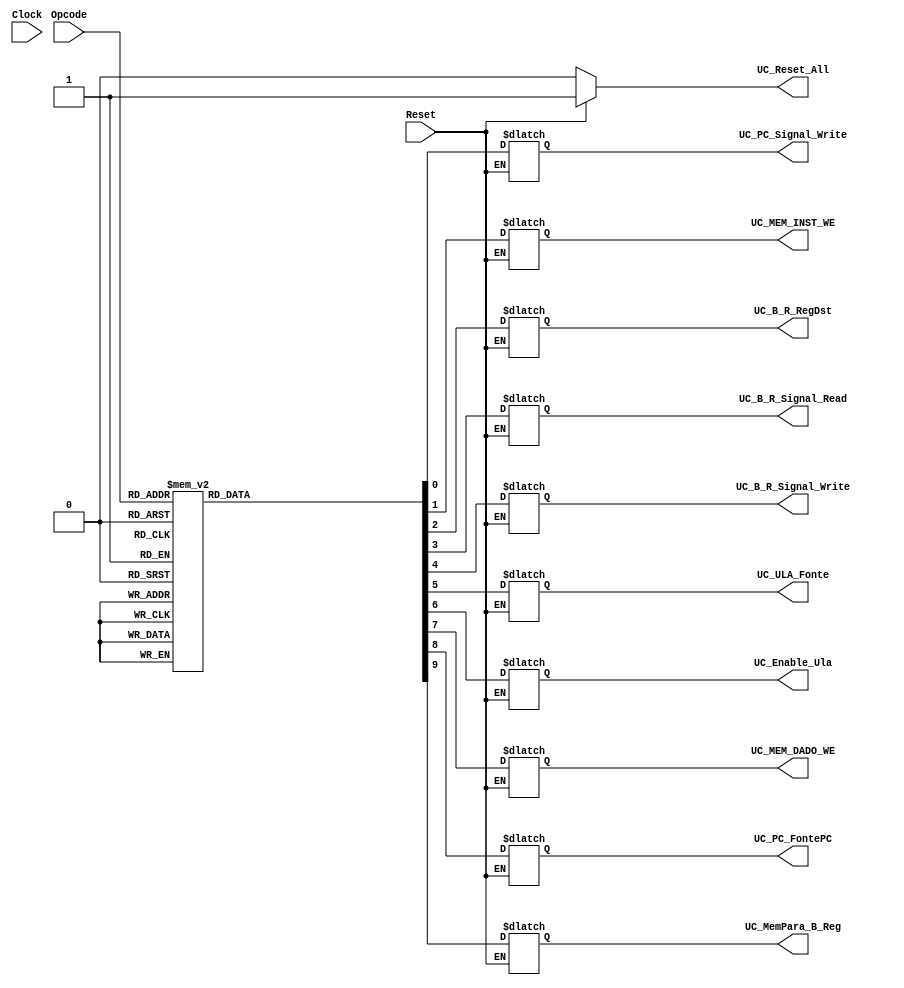
module unidade_de_controle (
	//Inputs
	input wire Clock,
	input wire Reset,
	input wire [2:0] Opcode,
	
	//Outputs
		//PC
		output reg UC_PC_Signal_Write,
		//MEMMORIA DE INSTRUCAO
		output reg UC_MEM_INST_WE,
		//BANCO DE REGISTRADORES
		output reg UC_B_R_RegDst,
		output reg UC_B_R_Signal_Read,
		output reg UC_B_R_Signal_Write,
		//ULA
		output reg UC_ULA_Fonte,
		output reg UC_Enable_Ula,
		//MEMORIA DADOS
		output reg UC_MEM_DADO_WE,
		//MUX DO PC
		output reg UC_PC_FontePC,
		//MUX DO BANCO DE REGISTRADORES
		output reg UC_MemPara_B_Reg,
		//RESET
		output reg UC_Reset_All
);

localparam 
			Opcode_NOP					= 3'b000,
			Opcode_LOGICAL				= 3'b001,
			Opcode_CONSTANT			= 3'b010,
			Opcode_MEM_LOAD			= 3'b011,
			Opcode_MEM_STORE			= 3'b100,
			Opcode_BRANCH				= 3'b101,
			Opcode_JUMP					= 3'b110,
			Opcode_JUMP_R				= 3'b111		
			;



always@ ( Opcode ) begin
	if(Reset) begin
		UC_Reset_All <= 1'b1;
	end
	else begin
		UC_Reset_All 			<= 1'b0;
		case ( Opcode )
			Opcode_NOP: begin
				UC_PC_Signal_Write 	<= 1'b1;
				UC_MEM_INST_WE			<= 1'b0;
				UC_B_R_RegDst			<= 1'b0;
				UC_B_R_Signal_Read	<= 1'b0;
				UC_B_R_Signal_Write	<= 1'b0;
				UC_ULA_Fonte			<= 1'b0;
				UC_Enable_Ula			<= 1'b0;
				UC_MEM_DADO_WE			<= 1'b0;
				UC_PC_FontePC			<= 1'b0;
				UC_MemPara_B_Reg		<= 1'b0;
			end
			Opcode_LOGICAL: begin
				UC_PC_Signal_Write 	<= 1'b1;
				UC_MEM_INST_WE			<= 1'b0;
				UC_B_R_RegDst			<= 1'b1;
				UC_B_R_Signal_Read	<= 1'b1;
				UC_B_R_Signal_Write	<= 1'b1;
				UC_ULA_Fonte			<= 1'b0;
				UC_Enable_Ula			<= 1'b1;
				UC_MEM_DADO_WE			<= 1'b0;
				UC_PC_FontePC			<= 1'b0;
				UC_MemPara_B_Reg		<= 1'b0;
			end
			Opcode_CONSTANT: begin
				UC_PC_Signal_Write 	<= 1'b1;
				UC_MEM_INST_WE			<= 1'b0;
				UC_B_R_RegDst			<= 1'b1;
				UC_B_R_Signal_Read	<= 1'b1;
				UC_B_R_Signal_Write	<= 1'b1;
				UC_ULA_Fonte			<= 1'b1;
				UC_Enable_Ula			<= 1'b1;
				UC_MEM_DADO_WE			<= 1'b0;
				UC_PC_FontePC			<= 1'b0;
				UC_MemPara_B_Reg		<= 1'b0;
			end
			Opcode_MEM_LOAD: begin
				UC_PC_Signal_Write 	<= 1'b1;
				UC_MEM_INST_WE			<= 1'b0;
				UC_B_R_RegDst			<= 1'b0;
				UC_B_R_Signal_Read	<= 1'b1;
				UC_B_R_Signal_Write	<= 1'b1;
				UC_ULA_Fonte			<= 1'b0;
				UC_Enable_Ula			<= 1'b0;
				UC_MEM_DADO_WE			<= 1'b0;
				UC_PC_FontePC			<= 1'b0;
				UC_MemPara_B_Reg		<= 1'b1;
			end
			Opcode_MEM_STORE: begin
				UC_PC_Signal_Write 	<= 1'b1;
				UC_MEM_INST_WE			<= 1'b0;
				UC_B_R_RegDst			<= 1'b0;
				UC_B_R_Signal_Read	<= 1'b1;
				UC_B_R_Signal_Write	<= 1'b0;
				UC_ULA_Fonte			<= 1'b0;
				UC_Enable_Ula			<= 1'b0;
				UC_MEM_DADO_WE			<= 1'b1;
				UC_PC_FontePC			<= 1'b0;
				UC_MemPara_B_Reg		<= 1'b0;
			end
			Opcode_BRANCH: begin
				UC_PC_Signal_Write 	<= 1'b1;
				UC_MEM_INST_WE			<= 1'b0;
				UC_B_R_RegDst			<= 1'b0;
				UC_B_R_Signal_Read	<= 1'b0;
				UC_B_R_Signal_Write	<= 1'b0;
				UC_ULA_Fonte			<= 1'b0;
				UC_Enable_Ula			<= 1'b0;
				UC_MEM_DADO_WE			<= 1'b0;
				UC_PC_FontePC			<= 1'b1;
				UC_MemPara_B_Reg		<= 1'b0;
			end
			Opcode_JUMP: begin
				UC_PC_Signal_Write 	<= 1'b1;
				UC_MEM_INST_WE			<= 1'b0;
				UC_B_R_RegDst			<= 1'b0;
				UC_B_R_Signal_Read	<= 1'b0;
				UC_B_R_Signal_Write	<= 1'b0;
				UC_ULA_Fonte			<= 1'b0;
				UC_Enable_Ula			<= 1'b1;
				UC_MEM_DADO_WE			<= 1'b0;
				UC_PC_FontePC			<= 1'b1;
				UC_MemPara_B_Reg		<= 1'b0;
			end
			Opcode_JUMP_R: begin
				UC_PC_Signal_Write 	<= 1'b1;
				UC_MEM_INST_WE			<= 1'b0;
				UC_B_R_RegDst			<= 1'b0;
				UC_B_R_Signal_Read	<= 1'b1;
				UC_B_R_Signal_Write	<= 1'b0;
				UC_ULA_Fonte			<= 1'b0;
				UC_Enable_Ula			<= 1'b1;
				UC_MEM_DADO_WE			<= 1'b0;
				UC_PC_FontePC			<= 1'b1;
				UC_MemPara_B_Reg		<= 1'b0;
			end
		endcase
	end
end

endmodule

/*
// State Encoding
localparam 
			STATE_Initial_Reset 		= 3'b000,
			STATE_1_IF 					= 3'b001,
			STATE_2_ID 					= 3'b010,
			STATE_3_EXE 				= 3'b011,
			STATE_4_MEM 				= 3'b100,
			STATE_5_WB 					= 3'b101
			;

localparam 
			Opcode_NOP					= 3'b000,
			Opcode_LOGICAL				= 3'b001,
			Opcode_CONSTANT			= 3'b010,
			Opcode_MEM_LOAD			= 3'b011,
			Opcode_MEM_STORE			= 3'b100,
			Opcode_BRANCH				= 3'b101,
			Opcode_JUMP					= 3'b110,
			Opcode_JUMP_R				= 3'b111		
			;


// State reg Declarations
reg [2:0] State;

//OUTPUTS
always@ ( posedge Clock ) begin
	case ( State )
		STATE_Initial_Reset : begin
			State <= STATE_1_IF;
		end
		STATE_1_IF: begin
			State <= STATE_2_ID;
		end
		STATE_2_ID: begin
			State <= STATE_3_EXE;
		end
		STATE_3_EXE : begin
			State <= STATE_4_MEM;
		end
		STATE_4_MEM : begin
			State <= STATE_5_WB;
		end
		STATE_5_WB: begin
			State <= STATE_1_IF;
		end		
	endcase
end


always@ ( State ) begin
	case ( State )
		//RESET
		STATE_Initial_Reset : begin			
			UC_Reset_All 			<= 1'b1;
			UC_PC_Signal_Write 	<= 1'b0;
			UC_MEM_INST_WE			<= 1'b0;
			UC_B_R_RegDst			<= 1'b0;
			UC_B_R_Signal_Read	<= 1'b0;
			UC_B_R_Signal_Write	<= 1'b0;
			UC_ULA_Fonte			<= 1'b0;
			UC_Enable_Ula			<= 1'b0;
			UC_MEM_DADO_WE			<= 1'b0;
			UC_PC_FontePC			<= 1'b0;
			UC_MemPara_B_Reg		<= 1'b0;
		end
		STATE_1_IF : begin
			case ( Opcode )
				Opcode_NOP: begin
					UC_Reset_All 			<= 1'b0;
					UC_PC_Signal_Write 	<= 1'b0;
					UC_MEM_INST_WE			<= 1'b0;
					UC_B_R_RegDst			<= 1'b0;
					UC_B_R_Signal_Read	<= 1'b0;
					UC_B_R_Signal_Write	<= 1'b0;
					UC_ULA_Fonte			<= 1'b0;
					UC_Enable_Ula			<= 1'b0;
					UC_MEM_DADO_WE			<= 1'b0;
					UC_PC_FontePC			<= 1'b0;
					UC_MemPara_B_Reg		<= 1'b0;
				end
				Opcode_LOGICAL: begin
					UC_Reset_All 			<= 1'b0;
					UC_PC_Signal_Write 	<= 1'b0;
					UC_MEM_INST_WE			<= 1'b0;
					UC_B_R_RegDst			<= 1'b0;
					UC_B_R_Signal_Read	<= 1'b0;
					UC_B_R_Signal_Write	<= 1'b0;
					UC_ULA_Fonte			<= 1'b0;
					UC_Enable_Ula			<= 1'b0;
					UC_MEM_DADO_WE			<= 1'b0;
					UC_PC_FontePC			<= 1'b0;
					UC_MemPara_B_Reg		<= 1'b0;
				end
				Opcode_CONSTANT: begin
					UC_Reset_All 			<= 1'b0;
					UC_PC_Signal_Write 	<= 1'b0;
					UC_MEM_INST_WE			<= 1'b0;
					UC_B_R_RegDst			<= 1'b0;
					UC_B_R_Signal_Read	<= 1'b0;
					UC_B_R_Signal_Write	<= 1'b0;
					UC_ULA_Fonte			<= 1'b0;
					UC_Enable_Ula			<= 1'b0;
					UC_MEM_DADO_WE			<= 1'b0;
					UC_PC_FontePC			<= 1'b0;
					UC_MemPara_B_Reg		<= 1'b0;
				end
				Opcode_MEM_LOAD: begin
					UC_Reset_All 			<= 1'b0;
					UC_PC_Signal_Write 	<= 1'b0;
					UC_MEM_INST_WE			<= 1'b0;
					UC_B_R_RegDst			<= 1'b0;
					UC_B_R_Signal_Read	<= 1'b0;
					UC_B_R_Signal_Write	<= 1'b0;
					UC_ULA_Fonte			<= 1'b0;
					UC_Enable_Ula			<= 1'b0;
					UC_MEM_DADO_WE			<= 1'b0;
					UC_PC_FontePC			<= 1'b0;
					UC_MemPara_B_Reg		<= 1'b0;
				end
				Opcode_MEM_STORE: begin
					UC_Reset_All 			<= 1'b0;
					UC_PC_Signal_Write 	<= 1'b0;
					UC_MEM_INST_WE			<= 1'b0;
					UC_B_R_RegDst			<= 1'b0;
					UC_B_R_Signal_Read	<= 1'b0;
					UC_B_R_Signal_Write	<= 1'b0;
					UC_ULA_Fonte			<= 1'b0;
					UC_Enable_Ula			<= 1'b0;
					UC_MEM_DADO_WE			<= 1'b0;
					UC_PC_FontePC			<= 1'b0;
					UC_MemPara_B_Reg		<= 1'b0;
				end
				Opcode_BRANCH: begin
					UC_Reset_All 			<= 1'b0;
					UC_PC_Signal_Write 	<= 1'b0;
					UC_MEM_INST_WE			<= 1'b0;
					UC_B_R_RegDst			<= 1'b0;
					UC_B_R_Signal_Read	<= 1'b0;
					UC_B_R_Signal_Write	<= 1'b0;
					UC_ULA_Fonte			<= 1'b0;
					UC_Enable_Ula			<= 1'b0;
					UC_MEM_DADO_WE			<= 1'b0;
					UC_PC_FontePC			<= 1'b0;
					UC_MemPara_B_Reg		<= 1'b0;
				end
				Opcode_JUMP: begin
					UC_Reset_All 			<= 1'b0;
					UC_PC_Signal_Write 	<= 1'b0;
					UC_MEM_INST_WE			<= 1'b0;
					UC_B_R_RegDst			<= 1'b0;
					UC_B_R_Signal_Read	<= 1'b0;
					UC_B_R_Signal_Write	<= 1'b0;
					UC_ULA_Fonte			<= 1'b0;
					UC_Enable_Ula			<= 1'b0;
					UC_MEM_DADO_WE			<= 1'b0;
					UC_PC_FontePC			<= 1'b0;
					UC_MemPara_B_Reg		<= 1'b0;
				end
				Opcode_JUMP_R: begin
					UC_Reset_All 			<= 1'b0;
					UC_PC_Signal_Write 	<= 1'b0;
					UC_MEM_INST_WE			<= 1'b0;
					UC_B_R_RegDst			<= 1'b0;
					UC_B_R_Signal_Read	<= 1'b0;
					UC_B_R_Signal_Write	<= 1'b0;
					UC_ULA_Fonte			<= 1'b0;
					UC_Enable_Ula			<= 1'b0;
					UC_MEM_DADO_WE			<= 1'b0;
					UC_PC_FontePC			<= 1'b0;
					UC_MemPara_B_Reg		<= 1'b0;
				end
				
			endcase
		end
		STATE_2_ID: begin
			case ( Opcode )
				Opcode_NOP: begin
					UC_Reset_All 			<= 1'b0;
					UC_PC_Signal_Write 	<= 1'b0;
					UC_MEM_INST_WE			<= 1'b0;
					UC_B_R_RegDst			<= 1'b0;
					UC_B_R_Signal_Read	<= 1'b0;
					UC_B_R_Signal_Write	<= 1'b0;
					UC_ULA_Fonte			<= 1'b0;
					UC_Enable_Ula			<= 1'b0;
					UC_MEM_DADO_WE			<= 1'b0;
					UC_PC_FontePC			<= 1'b0;
					UC_MemPara_B_Reg		<= 1'b0;
				end
				Opcode_LOGICAL: begin
					UC_Reset_All 			<= 1'b0;
					UC_PC_Signal_Write 	<= 1'b0;
					UC_MEM_INST_WE			<= 1'b0;
					UC_B_R_RegDst			<= 1'b1;
					UC_B_R_Signal_Read	<= 1'b1;
					UC_B_R_Signal_Write	<= 1'b0;
					UC_ULA_Fonte			<= 1'b0;
					UC_Enable_Ula			<= 1'b0;
					UC_MEM_DADO_WE			<= 1'b0;
					UC_PC_FontePC			<= 1'b0;
					UC_MemPara_B_Reg		<= 1'b0;
				end
				Opcode_CONSTANT: begin
					UC_Reset_All 			<= 1'b0;
					UC_PC_Signal_Write 	<= 1'b0;
					UC_MEM_INST_WE			<= 1'b0;
					UC_B_R_RegDst			<= 1'b1;
					UC_B_R_Signal_Read	<= 1'b1;
					UC_B_R_Signal_Write	<= 1'b0;
					UC_ULA_Fonte			<= 1'b1;
					UC_Enable_Ula			<= 1'b0;
					UC_MEM_DADO_WE			<= 1'b0;
					UC_PC_FontePC			<= 1'b0;
					UC_MemPara_B_Reg		<= 1'b0;
				end
				Opcode_MEM_LOAD: begin
					UC_Reset_All 			<= 1'b0;
					UC_PC_Signal_Write 	<= 1'b0;
					UC_MEM_INST_WE			<= 1'b0;
					UC_B_R_RegDst			<= 1'b0;
					UC_B_R_Signal_Read	<= 1'b1;
					UC_B_R_Signal_Write	<= 1'b0;
					UC_ULA_Fonte			<= 1'b1;
					UC_Enable_Ula			<= 1'b0;
					UC_MEM_DADO_WE			<= 1'b0;
					UC_PC_FontePC			<= 1'b0;
					UC_MemPara_B_Reg		<= 1'b0;
				end
				Opcode_MEM_STORE: begin
					UC_Reset_All 			<= 1'b0;
					UC_PC_Signal_Write 	<= 1'b0;
					UC_MEM_INST_WE			<= 1'b0;
					UC_B_R_RegDst			<= 1'b0;
					UC_B_R_Signal_Read	<= 1'b1;
					UC_B_R_Signal_Write	<= 1'b0;
					UC_ULA_Fonte			<= 1'b1;
					UC_Enable_Ula			<= 1'b0;
					UC_MEM_DADO_WE			<= 1'b0;
					UC_PC_FontePC			<= 1'b0;
					UC_MemPara_B_Reg		<= 1'b0;
				end
				Opcode_BRANCH: begin
					UC_Reset_All 			<= 1'b0;
					UC_PC_Signal_Write 	<= 1'b0;
					UC_MEM_INST_WE			<= 1'b0;
					UC_B_R_RegDst			<= 1'b0;
					UC_B_R_Signal_Read	<= 1'b0;
					UC_B_R_Signal_Write	<= 1'b0;
					UC_ULA_Fonte			<= 1'b0;
					UC_Enable_Ula			<= 1'b0;
					UC_MEM_DADO_WE			<= 1'b0;
					UC_PC_FontePC			<= 1'b0;
					UC_MemPara_B_Reg		<= 1'b0;
				end
				Opcode_JUMP: begin
					UC_Reset_All 			<= 1'b0;
					UC_PC_Signal_Write 	<= 1'b0;
					UC_MEM_INST_WE			<= 1'b0;
					UC_B_R_RegDst			<= 1'b0;
					UC_B_R_Signal_Read	<= 1'b0;
					UC_B_R_Signal_Write	<= 1'b0;
					UC_ULA_Fonte			<= 1'b0;
					UC_Enable_Ula			<= 1'b0;
					UC_MEM_DADO_WE			<= 1'b0;
					UC_PC_FontePC			<= 1'b0;
					UC_MemPara_B_Reg		<= 1'b0;
				end
				Opcode_JUMP_R: begin
					UC_Reset_All 			<= 1'b0;
					UC_PC_Signal_Write 	<= 1'b0;
					UC_MEM_INST_WE			<= 1'b0;
					UC_B_R_RegDst			<= 1'b0;
					UC_B_R_Signal_Read	<= 1'b1;
					UC_B_R_Signal_Write	<= 1'b0;
					UC_ULA_Fonte			<= 1'b0;
					UC_Enable_Ula			<= 1'b0;
					UC_MEM_DADO_WE			<= 1'b0;
					UC_PC_FontePC			<= 1'b0;
					UC_MemPara_B_Reg		<= 1'b0;
				end
				
			endcase
		end
		STATE_3_EXE : begin
			case ( Opcode )
				Opcode_NOP: begin
					UC_Reset_All 			<= 1'b0;
					UC_PC_Signal_Write 	<= 1'b0;
					UC_MEM_INST_WE			<= 1'b0;
					UC_B_R_RegDst			<= 1'b0;
					UC_B_R_Signal_Read	<= 1'b0;
					UC_B_R_Signal_Write	<= 1'b0;
					UC_ULA_Fonte			<= 1'b0;
					UC_Enable_Ula			<= 1'b0;
					UC_MEM_DADO_WE			<= 1'b0;
					UC_PC_FontePC			<= 1'b0;
					UC_MemPara_B_Reg		<= 1'b0;
				end
				Opcode_LOGICAL: begin
					UC_Reset_All 			<= 1'b0;
					UC_PC_Signal_Write 	<= 1'b0;
					UC_MEM_INST_WE			<= 1'b0;
					UC_B_R_RegDst			<= 1'b0;
					UC_B_R_Signal_Read	<= 1'b0;
					UC_B_R_Signal_Write	<= 1'b0;
					UC_ULA_Fonte			<= 1'b0;
					UC_Enable_Ula			<= 1'b1;
					UC_MEM_DADO_WE			<= 1'b0;
					UC_PC_FontePC			<= 1'b0;
					UC_MemPara_B_Reg		<= 1'b0;
				end
				Opcode_CONSTANT: begin
					UC_Reset_All 			<= 1'b0;
					UC_PC_Signal_Write 	<= 1'b0;
					UC_MEM_INST_WE			<= 1'b0;
					UC_B_R_RegDst			<= 1'b0;
					UC_B_R_Signal_Read	<= 1'b0;
					UC_B_R_Signal_Write	<= 1'b0;
					UC_ULA_Fonte			<= 1'b1;
					UC_Enable_Ula			<= 1'b1;
					UC_MEM_DADO_WE			<= 1'b0;
					UC_PC_FontePC			<= 1'b0;
					UC_MemPara_B_Reg		<= 1'b0;
				end
				Opcode_MEM_LOAD: begin
					UC_Reset_All 			<= 1'b0;
					UC_PC_Signal_Write 	<= 1'b0;
					UC_MEM_INST_WE			<= 1'b0;
					UC_B_R_RegDst			<= 1'b0;
					UC_B_R_Signal_Read	<= 1'b0;
					UC_B_R_Signal_Write	<= 1'b0;
					UC_ULA_Fonte			<= 1'b1;
					UC_Enable_Ula			<= 1'b1;
					UC_MEM_DADO_WE			<= 1'b0;
					UC_PC_FontePC			<= 1'b0;
					UC_MemPara_B_Reg		<= 1'b0;
				end
				Opcode_MEM_STORE: begin
					UC_Reset_All 			<= 1'b0;
					UC_PC_Signal_Write 	<= 1'b0;
					UC_MEM_INST_WE			<= 1'b0;
					UC_B_R_RegDst			<= 1'b0;
					UC_B_R_Signal_Read	<= 1'b0;
					UC_B_R_Signal_Write	<= 1'b0;
					UC_ULA_Fonte			<= 1'b1;
					UC_Enable_Ula			<= 1'b1;
					UC_MEM_DADO_WE			<= 1'b0;
					UC_PC_FontePC			<= 1'b0;
					UC_MemPara_B_Reg		<= 1'b0;
				end
				Opcode_BRANCH: begin
					UC_Reset_All 			<= 1'b0;
					UC_PC_Signal_Write 	<= 1'b0;
					UC_MEM_INST_WE			<= 1'b0;
					UC_B_R_RegDst			<= 1'b0;
					UC_B_R_Signal_Read	<= 1'b0;
					UC_B_R_Signal_Write	<= 1'b0;
					UC_ULA_Fonte			<= 1'b0;
					UC_Enable_Ula			<= 1'b0;
					UC_MEM_DADO_WE			<= 1'b0;
					UC_PC_FontePC			<= 1'b1;
					UC_MemPara_B_Reg		<= 1'b0;
				end
				Opcode_JUMP: begin
					UC_Reset_All 			<= 1'b0;
					UC_PC_Signal_Write 	<= 1'b0;
					UC_MEM_INST_WE			<= 1'b0;
					UC_B_R_RegDst			<= 1'b0;
					UC_B_R_Signal_Read	<= 1'b0;
					UC_B_R_Signal_Write	<= 1'b0;
					UC_ULA_Fonte			<= 1'b0;
					UC_Enable_Ula			<= 1'b1;
					UC_MEM_DADO_WE			<= 1'b0;
					UC_PC_FontePC			<= 1'b1;
					UC_MemPara_B_Reg		<= 1'b0;
				end
				Opcode_JUMP_R: begin
					UC_Reset_All 			<= 1'b0;
					UC_PC_Signal_Write 	<= 1'b0;
					UC_MEM_INST_WE			<= 1'b0;
					UC_B_R_RegDst			<= 1'b0;
					UC_B_R_Signal_Read	<= 1'b0;
					UC_B_R_Signal_Write	<= 1'b0;
					UC_ULA_Fonte			<= 1'b0;
					UC_Enable_Ula			<= 1'b1;
					UC_MEM_DADO_WE			<= 1'b0;
					UC_PC_FontePC			<= 1'b1;
					UC_MemPara_B_Reg		<= 1'b0;
				end
				
			endcase
		end
		STATE_4_MEM : begin
			case ( Opcode )
				Opcode_NOP: begin
					UC_Reset_All 			<= 1'b0;
					UC_PC_Signal_Write 	<= 1'b0;
					UC_MEM_INST_WE			<= 1'b0;
					UC_B_R_RegDst			<= 1'b0;
					UC_B_R_Signal_Read	<= 1'b0;
					UC_B_R_Signal_Write	<= 1'b0;
					UC_ULA_Fonte			<= 1'b0;
					UC_Enable_Ula			<= 1'b0;
					UC_MEM_DADO_WE			<= 1'b0;
					UC_PC_FontePC			<= 1'b0;
					UC_MemPara_B_Reg		<= 1'b0;
				end
				Opcode_LOGICAL: begin
					UC_Reset_All 			<= 1'b0;
					UC_PC_Signal_Write 	<= 1'b0;
					UC_MEM_INST_WE			<= 1'b0;
					UC_B_R_RegDst			<= 1'b0;
					UC_B_R_Signal_Read	<= 1'b0;
					UC_B_R_Signal_Write	<= 1'b0;
					UC_ULA_Fonte			<= 1'b0;
					UC_Enable_Ula			<= 1'b0;
					UC_MEM_DADO_WE			<= 1'b0;
					UC_PC_FontePC			<= 1'b0;
					UC_MemPara_B_Reg		<= 1'b0;
				end
				Opcode_CONSTANT: begin
					UC_Reset_All 			<= 1'b0;
					UC_PC_Signal_Write 	<= 1'b0;
					UC_MEM_INST_WE			<= 1'b0;
					UC_B_R_RegDst			<= 1'b0;
					UC_B_R_Signal_Read	<= 1'b0;
					UC_B_R_Signal_Write	<= 1'b0;
					UC_ULA_Fonte			<= 1'b0;
					UC_Enable_Ula			<= 1'b0;
					UC_MEM_DADO_WE			<= 1'b0;
					UC_PC_FontePC			<= 1'b0;
					UC_MemPara_B_Reg		<= 1'b0;
				end
				Opcode_MEM_LOAD: begin
					UC_Reset_All 			<= 1'b0;
					UC_PC_Signal_Write 	<= 1'b0;
					UC_MEM_INST_WE			<= 1'b0;
					UC_B_R_RegDst			<= 1'b0;
					UC_B_R_Signal_Read	<= 1'b0;
					UC_B_R_Signal_Write	<= 1'b0;
					UC_ULA_Fonte			<= 1'b0;
					UC_Enable_Ula			<= 1'b0;
					UC_MEM_DADO_WE			<= 1'b0;
					UC_PC_FontePC			<= 1'b0;
					UC_MemPara_B_Reg		<= 1'b1;
				end
				Opcode_MEM_STORE: begin
					UC_Reset_All 			<= 1'b0;
					UC_PC_Signal_Write 	<= 1'b0;
					UC_MEM_INST_WE			<= 1'b0;
					UC_B_R_RegDst			<= 1'b0;
					UC_B_R_Signal_Read	<= 1'b0;
					UC_B_R_Signal_Write	<= 1'b0;
					UC_ULA_Fonte			<= 1'b0;
					UC_Enable_Ula			<= 1'b0;
					UC_MEM_DADO_WE			<= 1'b1;
					UC_PC_FontePC			<= 1'b0;
					UC_MemPara_B_Reg		<= 1'b0;
				end
				Opcode_BRANCH: begin
					UC_Reset_All 			<= 1'b0;
					UC_PC_Signal_Write 	<= 1'b0;
					UC_MEM_INST_WE			<= 1'b0;
					UC_B_R_RegDst			<= 1'b0;
					UC_B_R_Signal_Read	<= 1'b0;
					UC_B_R_Signal_Write	<= 1'b0;
					UC_ULA_Fonte			<= 1'b0;
					UC_Enable_Ula			<= 1'b0;
					UC_MEM_DADO_WE			<= 1'b0;
					UC_PC_FontePC			<= 1'b1;
					UC_MemPara_B_Reg		<= 1'b0;
				end
				Opcode_JUMP: begin
					UC_Reset_All 			<= 1'b0;
					UC_PC_Signal_Write 	<= 1'b0;
					UC_MEM_INST_WE			<= 1'b0;
					UC_B_R_RegDst			<= 1'b0;
					UC_B_R_Signal_Read	<= 1'b0;
					UC_B_R_Signal_Write	<= 1'b0;
					UC_ULA_Fonte			<= 1'b0;
					UC_Enable_Ula			<= 1'b0;
					UC_MEM_DADO_WE			<= 1'b0;
					UC_PC_FontePC			<= 1'b1;
					UC_MemPara_B_Reg		<= 1'b0;
				end
				Opcode_JUMP_R: begin
					UC_Reset_All 			<= 1'b0;
					UC_PC_Signal_Write 	<= 1'b0;
					UC_MEM_INST_WE			<= 1'b0;
					UC_B_R_RegDst			<= 1'b0;
					UC_B_R_Signal_Read	<= 1'b0;
					UC_B_R_Signal_Write	<= 1'b0;
					UC_ULA_Fonte			<= 1'b0;
					UC_Enable_Ula			<= 1'b0;
					UC_MEM_DADO_WE			<= 1'b0;
					UC_PC_FontePC			<= 1'b1;
					UC_MemPara_B_Reg		<= 1'b0;
				end
				
			endcase
		end
		STATE_5_WB: begin
			case ( Opcode )
				Opcode_NOP: begin
					UC_Reset_All 			<= 1'b0;
					UC_PC_Signal_Write 	<= 1'b0;
					UC_MEM_INST_WE			<= 1'b0;
					UC_B_R_RegDst			<= 1'b0;
					UC_B_R_Signal_Read	<= 1'b0;
					UC_B_R_Signal_Write	<= 1'b0;
					UC_ULA_Fonte			<= 1'b0;
					UC_Enable_Ula			<= 1'b0;
					UC_MEM_DADO_WE			<= 1'b0;
					UC_PC_FontePC			<= 1'b0;
					UC_MemPara_B_Reg		<= 1'b0;
				end
				Opcode_LOGICAL: begin
					UC_Reset_All 			<= 1'b0;
					UC_PC_Signal_Write 	<= 1'b1;
					UC_MEM_INST_WE			<= 1'b0;
					UC_B_R_RegDst			<= 1'b0;
					UC_B_R_Signal_Read	<= 1'b0;
					UC_B_R_Signal_Write	<= 1'b1;
					UC_ULA_Fonte			<= 1'b0;
					UC_Enable_Ula			<= 1'b0;
					UC_MEM_DADO_WE			<= 1'b0;
					UC_PC_FontePC			<= 1'b0;
					UC_MemPara_B_Reg		<= 1'b0;
				end
				Opcode_CONSTANT: begin
					UC_Reset_All 			<= 1'b0;
					UC_PC_Signal_Write 	<= 1'b1;
					UC_MEM_INST_WE			<= 1'b0;
					UC_B_R_RegDst			<= 1'b0;
					UC_B_R_Signal_Read	<= 1'b0;
					UC_B_R_Signal_Write	<= 1'b1;
					UC_ULA_Fonte			<= 1'b0;
					UC_Enable_Ula			<= 1'b0;
					UC_MEM_DADO_WE			<= 1'b0;
					UC_PC_FontePC			<= 1'b0;
					UC_MemPara_B_Reg		<= 1'b0;
				end
				Opcode_MEM_LOAD: begin
					UC_Reset_All 			<= 1'b0;
					UC_PC_Signal_Write 	<= 1'b1;
					UC_MEM_INST_WE			<= 1'b0;
					UC_B_R_RegDst			<= 1'b0;
					UC_B_R_Signal_Read	<= 1'b0;
					UC_B_R_Signal_Write	<= 1'b1;
					UC_ULA_Fonte			<= 1'b0;
					UC_Enable_Ula			<= 1'b0;
					UC_MEM_DADO_WE			<= 1'b0;
					UC_PC_FontePC			<= 1'b0;
					UC_MemPara_B_Reg		<= 1'b0;
				end
				Opcode_MEM_STORE: begin
					UC_Reset_All 			<= 1'b0;
					UC_PC_Signal_Write 	<= 1'b1;
					UC_MEM_INST_WE			<= 1'b0;
					UC_B_R_RegDst			<= 1'b0;
					UC_B_R_Signal_Read	<= 1'b0;
					UC_B_R_Signal_Write	<= 1'b0;
					UC_ULA_Fonte			<= 1'b0;
					UC_Enable_Ula			<= 1'b0;
					UC_MEM_DADO_WE			<= 1'b0;
					UC_PC_FontePC			<= 1'b0;
					UC_MemPara_B_Reg		<= 1'b0;
				end
				Opcode_BRANCH: begin
					UC_Reset_All 			<= 1'b0;
					UC_PC_Signal_Write 	<= 1'b0;
					UC_MEM_INST_WE			<= 1'b0;
					UC_B_R_RegDst			<= 1'b0;
					UC_B_R_Signal_Read	<= 1'b0;
					UC_B_R_Signal_Write	<= 1'b0;
					UC_ULA_Fonte			<= 1'b0;
					UC_Enable_Ula			<= 1'b0;
					UC_MEM_DADO_WE			<= 1'b0;
					UC_PC_FontePC			<= 1'b0;
					UC_MemPara_B_Reg		<= 1'b0;
				end
				Opcode_JUMP: begin
					UC_Reset_All 			<= 1'b0;
					UC_PC_Signal_Write 	<= 1'b0;
					UC_MEM_INST_WE			<= 1'b0;
					UC_B_R_RegDst			<= 1'b0;
					UC_B_R_Signal_Read	<= 1'b0;
					UC_B_R_Signal_Write	<= 1'b0;
					UC_ULA_Fonte			<= 1'b0;
					UC_Enable_Ula			<= 1'b0;
					UC_MEM_DADO_WE			<= 1'b0;
					UC_PC_FontePC			<= 1'b0;
					UC_MemPara_B_Reg		<= 1'b0;
				end
				Opcode_JUMP_R: begin
					UC_Reset_All 			<= 1'b0;
					UC_PC_Signal_Write 	<= 1'b0;
					UC_MEM_INST_WE			<= 1'b0;
					UC_B_R_RegDst			<= 1'b0;
					UC_B_R_Signal_Read	<= 1'b0;
					UC_B_R_Signal_Write	<= 1'b0;
					UC_ULA_Fonte			<= 1'b0;
					UC_Enable_Ula			<= 1'b0;
					UC_MEM_DADO_WE			<= 1'b0;
					UC_PC_FontePC			<= 1'b0;
					UC_MemPara_B_Reg		<= 1'b0;
				end
				
			endcase
		end		
	endcase
end

endmodule
*/